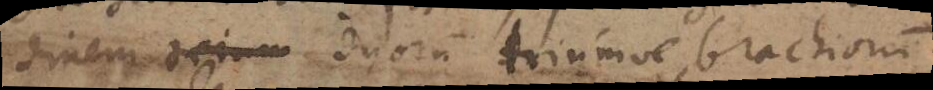
dinem duorum triumve brachiorum.